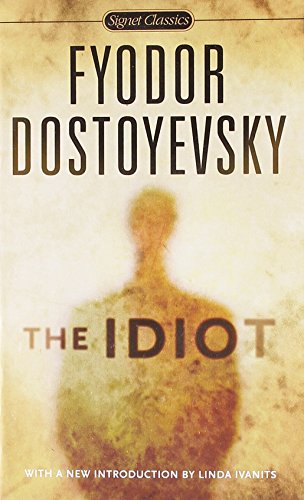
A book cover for The Idiot (Signet Classics); Fyodor Dostoyevsky; Literature & Fiction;